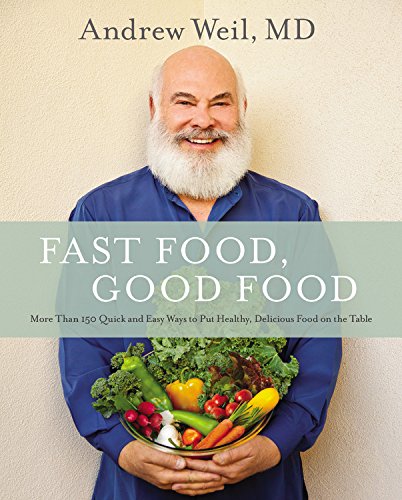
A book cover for Fast Food, Good Food: More Than 150 Quick and Easy Ways to Put Healthy, Delicious Food on the Table; Andrew Weil  MD; Cookbooks, Food & Wine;